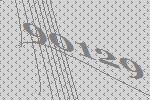
90129